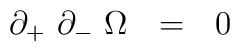
\partial_+~\partial_-~\Omega~~=~~0~